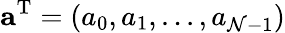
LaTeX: {\mathbf a}^{\mathrm{T}}=(a_{0},a_{1},...,a_{{\cal N}-1})